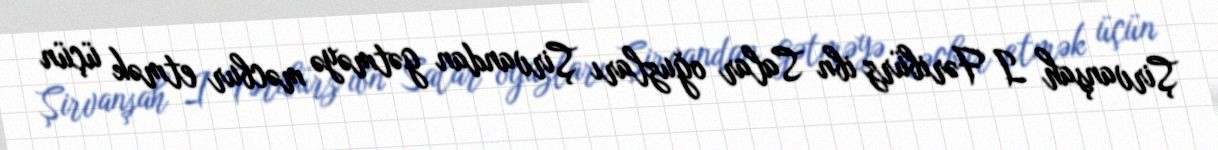
Şirvanşah I Fəribürz ibn Salar oğuzları Şirvandan gətməyə məcbur etmək üçün